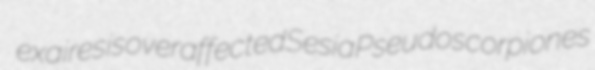
exairesis overaffected Sesia Pseudoscorpiones